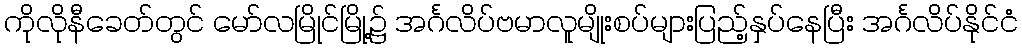
ကိုလိုနီခေတ်တွင် မော်လမြိုင်မြို့၌ အင်္ဂလိပ်ဗမာလူမျိုးစပ်များပြည့်နှပ်နေပြီး အင်္ဂလိပ်နိုင်ငံ